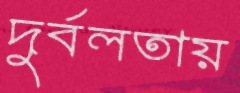
দুর্বলতায়